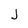
Character: J